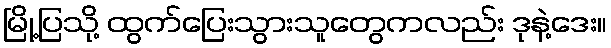
မြို့ပြသို့ ထွက်ပြေးသွားသူတွေကလည်း ဒုနဲ့ဒေး။